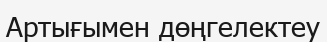
Артығымен дөңгелектеу